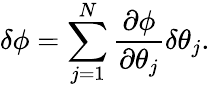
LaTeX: \delta\phi=\sum_{j=1}^{N}\frac{\partial\phi}{\partial\theta_{j}}\delta\theta_{j}.